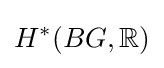
H^{*}(BG,\mathbb {R} )